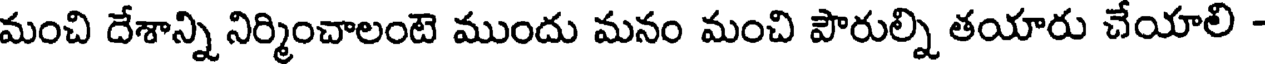
మంచి దేశాన్ని నిర్మించాలంటె ముందు మనం మంచి పౌరుల్ని తయారు చేయాలి -